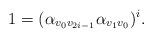
LaTeX: \begin{align*}1=(\alpha_{v_0v_{2i-1}}\alpha_{v_1v_0})^{i}.\end{align*}